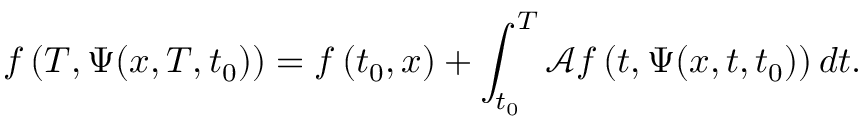
f \left( T , \Psi ( x , T , t _ { 0 } ) \right) = f \left( t _ { 0 } , x \right) + \int _ { t _ { 0 } } ^ { T } \mathcal { A } f \left( t , \Psi ( x , t , t _ { 0 } ) \right) d t .